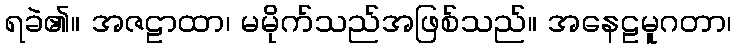
ရခဲ၏။ အဇဠာထာ၊ မမိုက်သည်အဖြစ်သည်။ အနေဠမူဂတာ၊